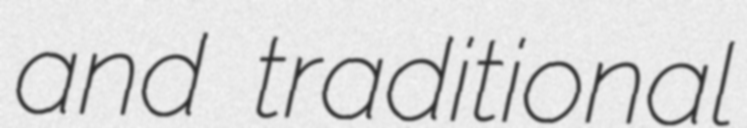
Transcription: and traditional